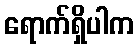
ရောက်ရှိပါက